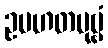
ဥပဟတပုဗ္ဗံ